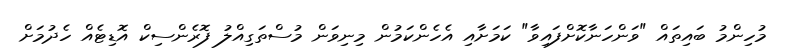
މުހިންމު ބައިތައް "ވަންހަނާކޮށްފައިވާ" ކަމަށާއި އެހެންކަމުން މިނިވަން މުސްތަގިއްލު ފޮރެންސިކް އޮޑިޓެއް ހެދުމަށް